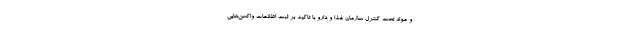
و مواد تحت کنترل سازمان غذا و دارو با تاکید بر ثبت اطلاعات واکسن‌هایی